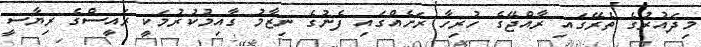
މިދައުރުގެ ތެރޭގައި ރާއްޖޭގެ ހުރިހާ ރަށެއްގައި ފެނުގެ ނިޒާމު ގާއިމުކުރުމަކީ ރައީސްގެ ރިޔާސީ